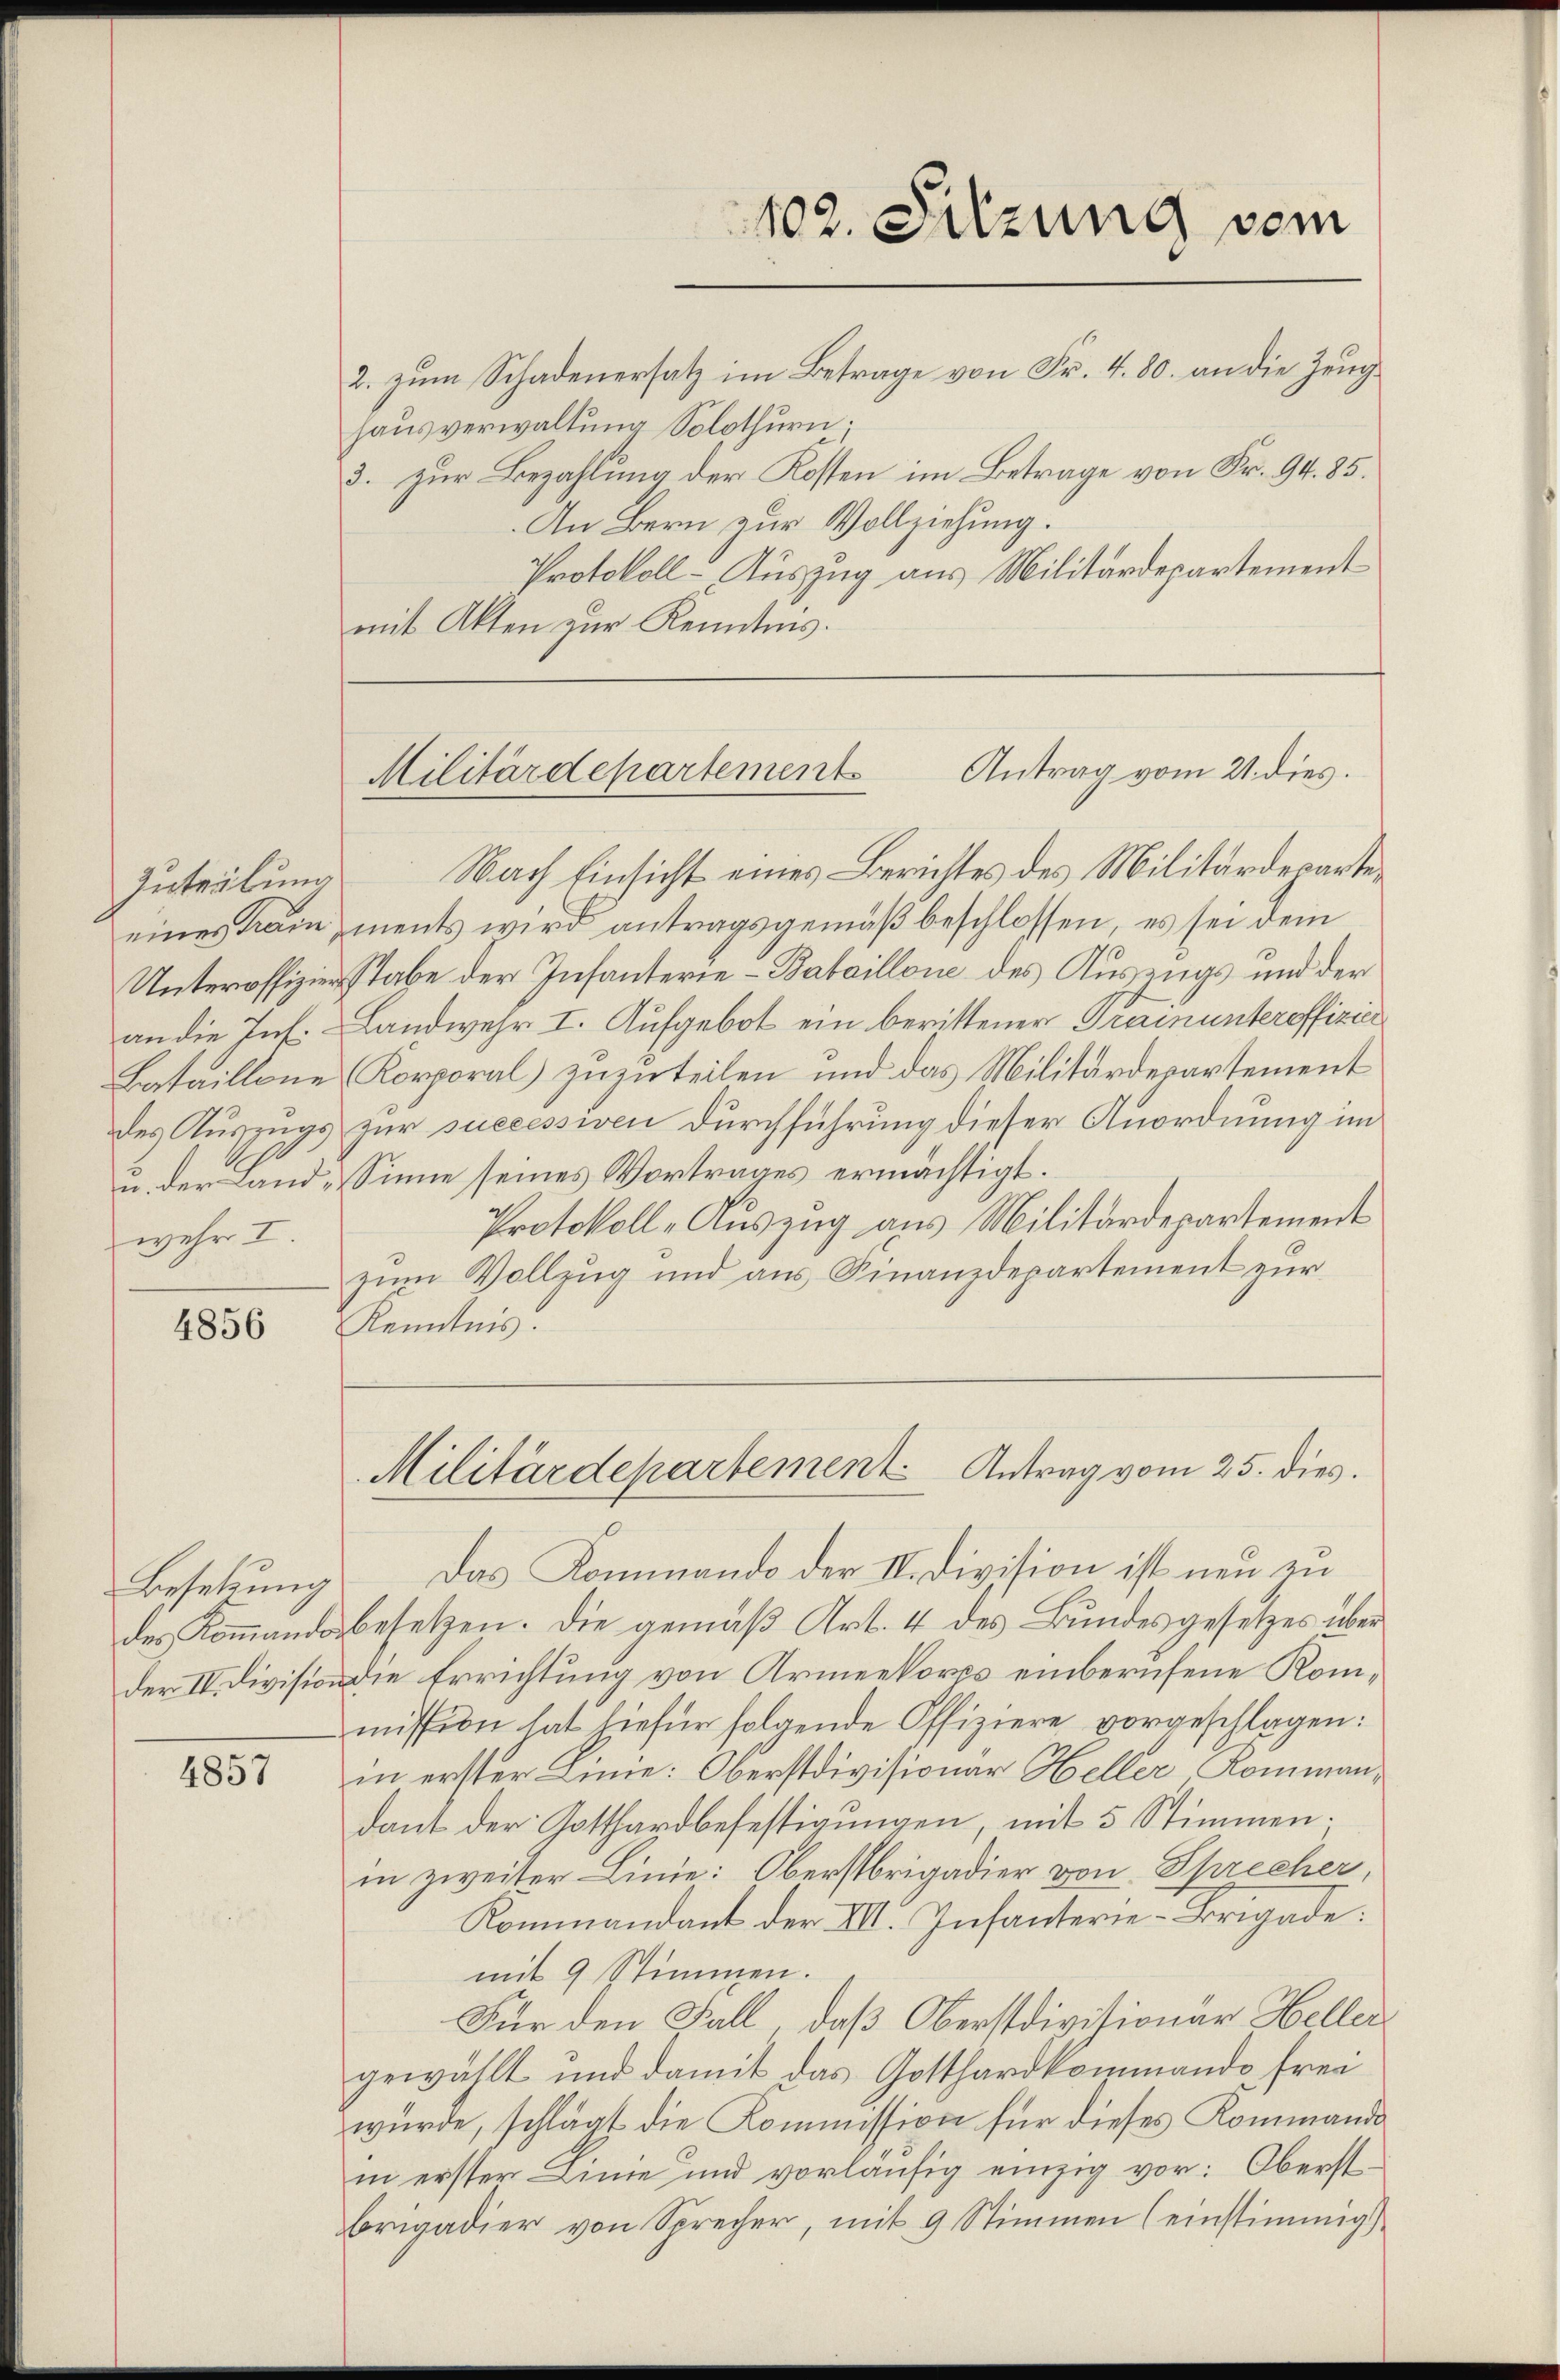
Zuteilung
wehr I.

4856

Besetzung

4857

hausverwaltung Solothurn.
3. zur Bezahlung der Kosten im Betrage von Fr. 94. 85.
An Bern zur Vollziehung.
Protokoll-Auszug aus Militärdepartement
mit Akten zur Kenntnis.

102. Sitzung vom
2. zum Schadenersatz im Betrage von Fr. 4. 80. an die Zeug¬

Militärdepartements Antrag vom 21. dies

Nach Einsicht eines Berichtes des Militärdeparteeines Train ments wird antragsgemäß beschlossen, es sei dem
Unteroffizierstabe der Infanterie-Bataillone des Auszugs und der
an die Inf. Landwehr I. Aufgebot ein berittener Trainunteroffizier
Bataillone Korporal) zuzuteilen und das Militärdepartement
des Auszugs zur successiven durchführung dieser Anordnung im
u. der Land Sinne seines Vortrages ermächtigt.
Protokoll-Auszug aus Militärdepartement
zum Vollzug und aus Finanzdepartement zur
Kenntnis.

Militärdepartement. Antrag vom 25. dies

Das Kommando der II. Division ist neu zu
des Kommandobesetzen. Die gemäß Art. 4 des Bundesgesetzes über
der IV. Division die Errichtung von Armeekorps einberufene Kommission hat hiefür folgende Offiziere vorgeschlagen:
in erster Linne: Oberstdivisionar Heller Kommandant der Gotthardbefestigungen, mit 3 Stimmen.
in zweiter Linie: Oberstrigadier von Sprecher,
Kommandant der VIII. Infanterie-Brigade:
mit 9 Stimmen.
Für den Fall, daß Oberstdivisionär Heller
gewählt und damit das Gotthardkommando frei
würde, schlägt die Kommission für dieses Kommando
in erster Linie und vorläŭfig einzig vor: Oberst
brigadier von Sprecher, mit 9 Stimmen (einstimmig)